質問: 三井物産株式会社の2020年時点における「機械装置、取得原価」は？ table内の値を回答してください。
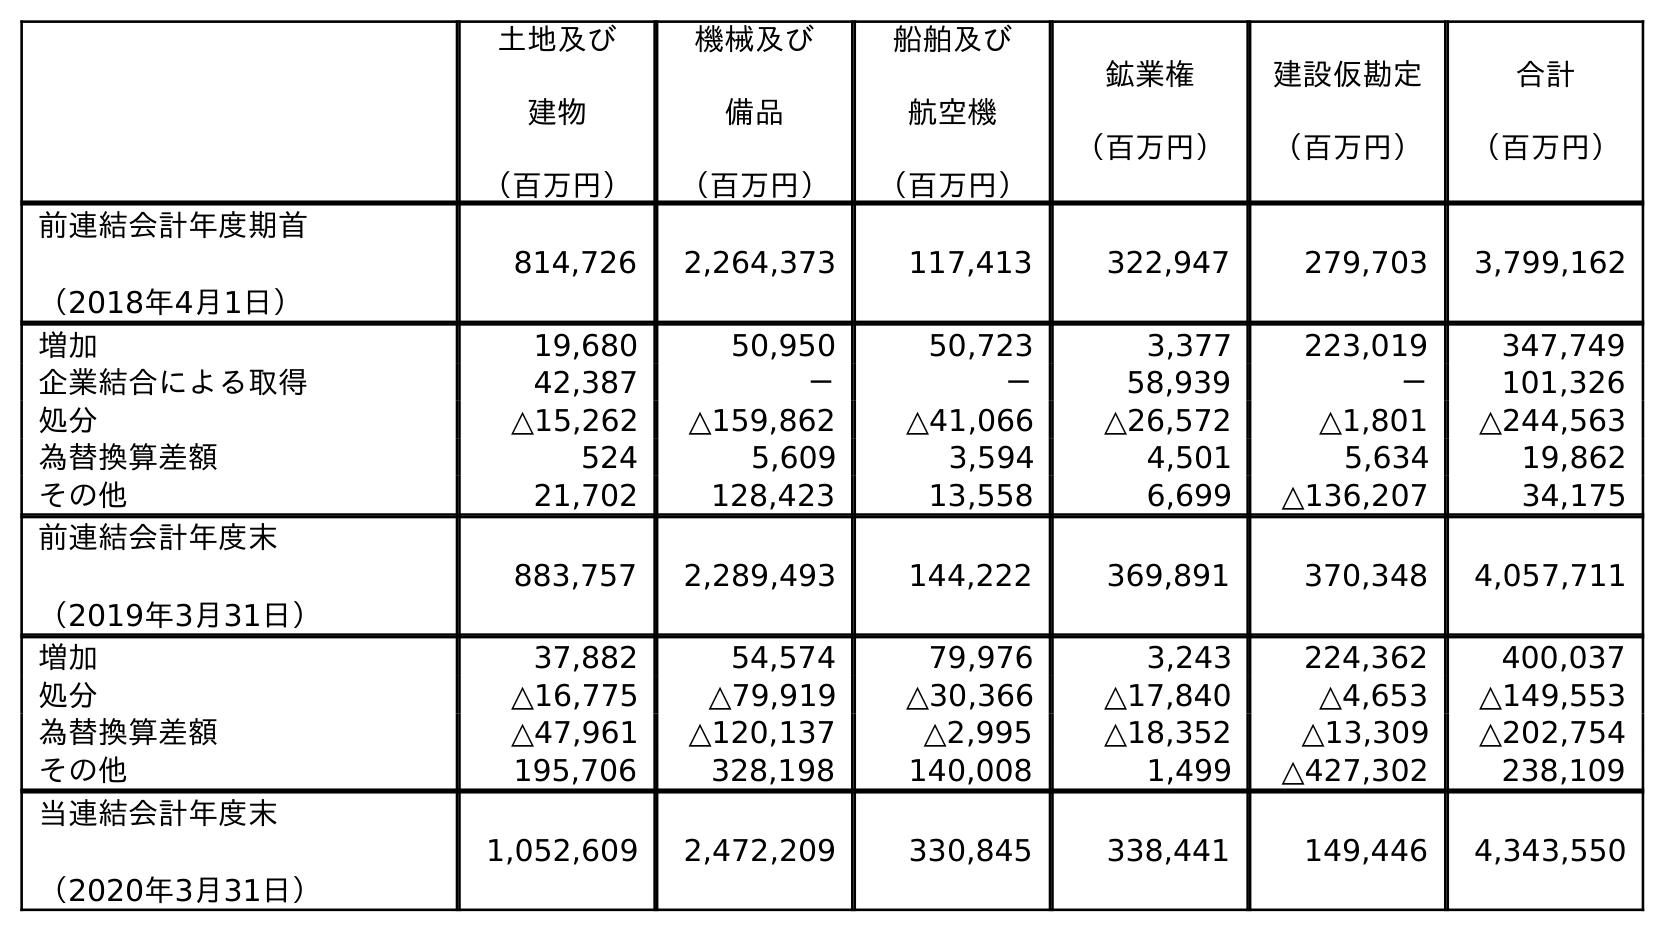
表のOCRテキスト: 土地及び 建物 （百万円） 機械及び 備品 （百万円） 船舶及び 航空機 （百万円） 鉱業権 （百万円） 建設仮勘定 （百万円） 合計 （百万円） 前連結会計年度期首 （2018年4月1日） 814,726 2,264,373 117,413 322,947 279,703 3,799,162 増加 19,680 50,950 50,723 3,377 223,019 347,749 企業結合による取得 42,387 － － 58,939 － 101,326 処分 △15,262 △159,862 △41,066 △26,572 △1,801 △244,563 為替換算差額 524 5,609 3,594 4,501 5,634 19,862 その他 21,702 128,423 13,558 6,699 △136,207 34,175 前連結会計年度末 （2019年3月31日） 883,757 2,289,493 144,222 369,891 370,348 4,057,711 増加 37,882 54,574 79,976 3,243 224,362 400,037 処分 △16,775 △79,919 △30,366 △17,840 △4,653 △149,553 為替換算差額 △47,961 △120,137 △2,995 △18,352 △13,309 △202,754 その他 195,706 328,198 140,008 1,499 △427,302 238,109 当連結会計年度末 （2020年3月31日） 1,052,609 2,472,209 330,845 338,441 149,446 4,343,550
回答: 2,472,209